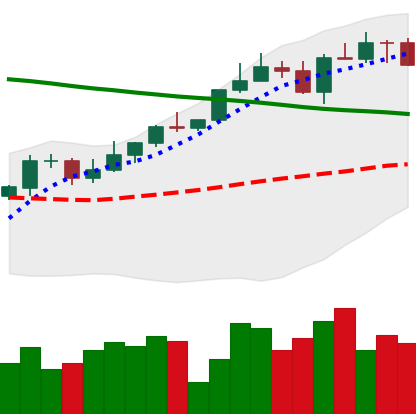
Ticker: ETH-USD
Chart end date: 2022-04-05
Forward return: -5.86%
Label: down_5_7